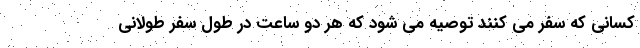
کسانی که سفر می کنند توصیه می شود که هر دو ساعت در طول سفر طولانی